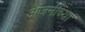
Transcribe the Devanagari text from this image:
अंजनीच्या